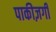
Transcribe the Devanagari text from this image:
पाकीज़गी